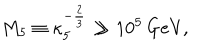
M _ { 5 } \equiv \kappa _ { 5 } ^ { - { \frac { 2 } { 3 } } } \gg 1 0 ^ { 5 } \, \mathrm { G e V } ,